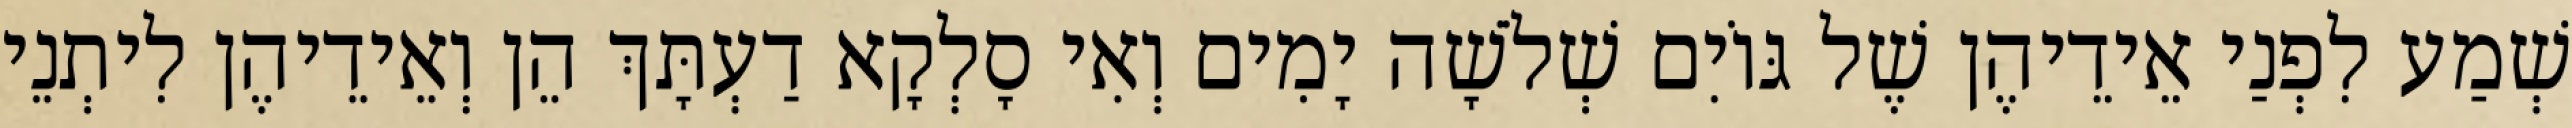
שְׁמַע לִפְנַי אֵידֵיהֶן שֶׁל גּוֹיִם שְׁלֹשָׁה יָמִים וְאִי סָלְקָא דַעְתָּךְ הֵן וְאֵידֵיהֶן לִיתְנֵי